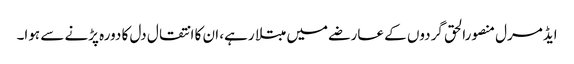
ایڈمرل منصورالحق گردوں کے عارضے میں مبتلا رہے، ان کا انتقال دل کا دورہ پڑنے سے ہوا۔